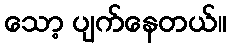
သော့ ပျက်နေတယ်။